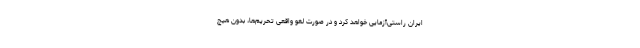
ایران راستی‌آزمایی خواهد کرد و در صورت لغو واقعی تحریم‌ها، بدون هیچ